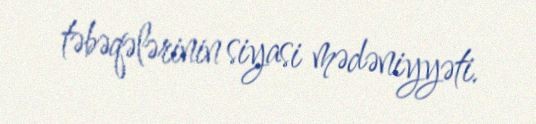
təbəqələrinin siyasi mədəniyyəti.